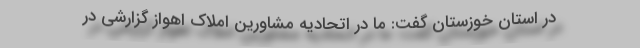
در استان خوزستان گفت: ما در اتحادیه مشاورین املاک اهواز گزارشی در